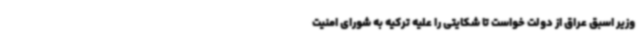
وزیر اسبق عراق از دولت خواست تا شکایتی را علیه ترکیه به شورای امنیت